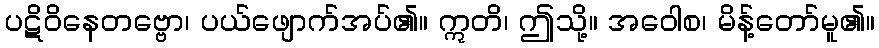
ပဋိဝိနေတဗ္ဗော၊ ပယ်ဖျောက်အပ်၏။ ဣတိ၊ ဤသို့။ အဝေါစ၊ မိန့်တော်မူ၏။